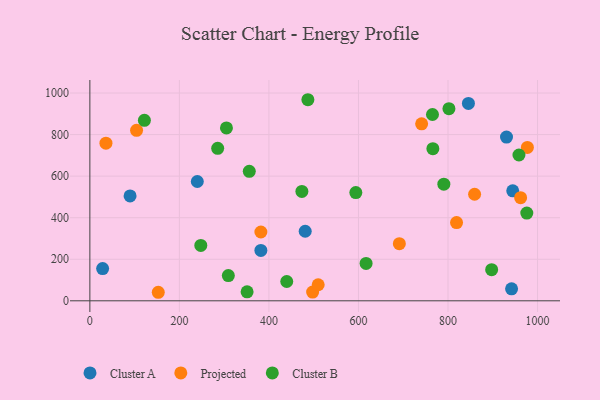
{"axis": {"x": "Ad Spend", "y": "Profit"}, "legend": ["Cluster A", "Cluster B", "Projected"], "data": [{"x": "930.7", "y": 788.0, "type": "Cluster A"}, {"x": "481.0", "y": 334.7, "type": "Cluster A"}, {"x": "382.0", "y": 242.7, "type": "Cluster A"}, {"x": "28.5", "y": 155.3, "type": "Cluster A"}, {"x": "942.0", "y": 57.5, "type": "Cluster A"}, {"x": "944.6", "y": 529.2, "type": "Cluster A"}, {"x": "845.6", "y": 950.0, "type": "Cluster A"}, {"x": "240.0", "y": 574.2, "type": "Cluster A"}, {"x": "89.8", "y": 504.9, "type": "Cluster A"}, {"x": "691.3", "y": 275.0, "type": "Projected"}, {"x": "741.1", "y": 851.9, "type": "Projected"}, {"x": "104.3", "y": 820.5, "type": "Projected"}, {"x": "35.9", "y": 758.6, "type": "Projected"}, {"x": "962.2", "y": 496.5, "type": "Projected"}, {"x": "497.6", "y": 42.1, "type": "Projected"}, {"x": "859.4", "y": 512.8, "type": "Projected"}, {"x": "382.0", "y": 331.1, "type": "Projected"}, {"x": "510.0", "y": 77.4, "type": "Projected"}, {"x": "977.3", "y": 738.1, "type": "Projected"}, {"x": "152.8", "y": 41.1, "type": "Projected"}, {"x": "819.1", "y": 376.4, "type": "Projected"}, {"x": "958.5", "y": 701.8, "type": "Cluster B"}, {"x": "765.3", "y": 896.6, "type": "Cluster B"}, {"x": "309.3", "y": 121.5, "type": "Cluster B"}, {"x": "766.2", "y": 732.4, "type": "Cluster B"}, {"x": "305.1", "y": 832.1, "type": "Cluster B"}, {"x": "976.0", "y": 422.1, "type": "Cluster B"}, {"x": "351.2", "y": 43.5, "type": "Cluster B"}, {"x": "617.0", "y": 179.8, "type": "Cluster B"}, {"x": "594.1", "y": 520.9, "type": "Cluster B"}, {"x": "790.7", "y": 561.2, "type": "Cluster B"}, {"x": "285.5", "y": 733.8, "type": "Cluster B"}, {"x": "121.8", "y": 868.5, "type": "Cluster B"}, {"x": "247.8", "y": 266.5, "type": "Cluster B"}, {"x": "356.1", "y": 623.0, "type": "Cluster B"}, {"x": "897.5", "y": 150.0, "type": "Cluster B"}, {"x": "487.0", "y": 967.8, "type": "Cluster B"}, {"x": "802.1", "y": 924.7, "type": "Cluster B"}, {"x": "439.8", "y": 92.9, "type": "Cluster B"}, {"x": "473.6", "y": 526.6, "type": "Cluster B"}]}